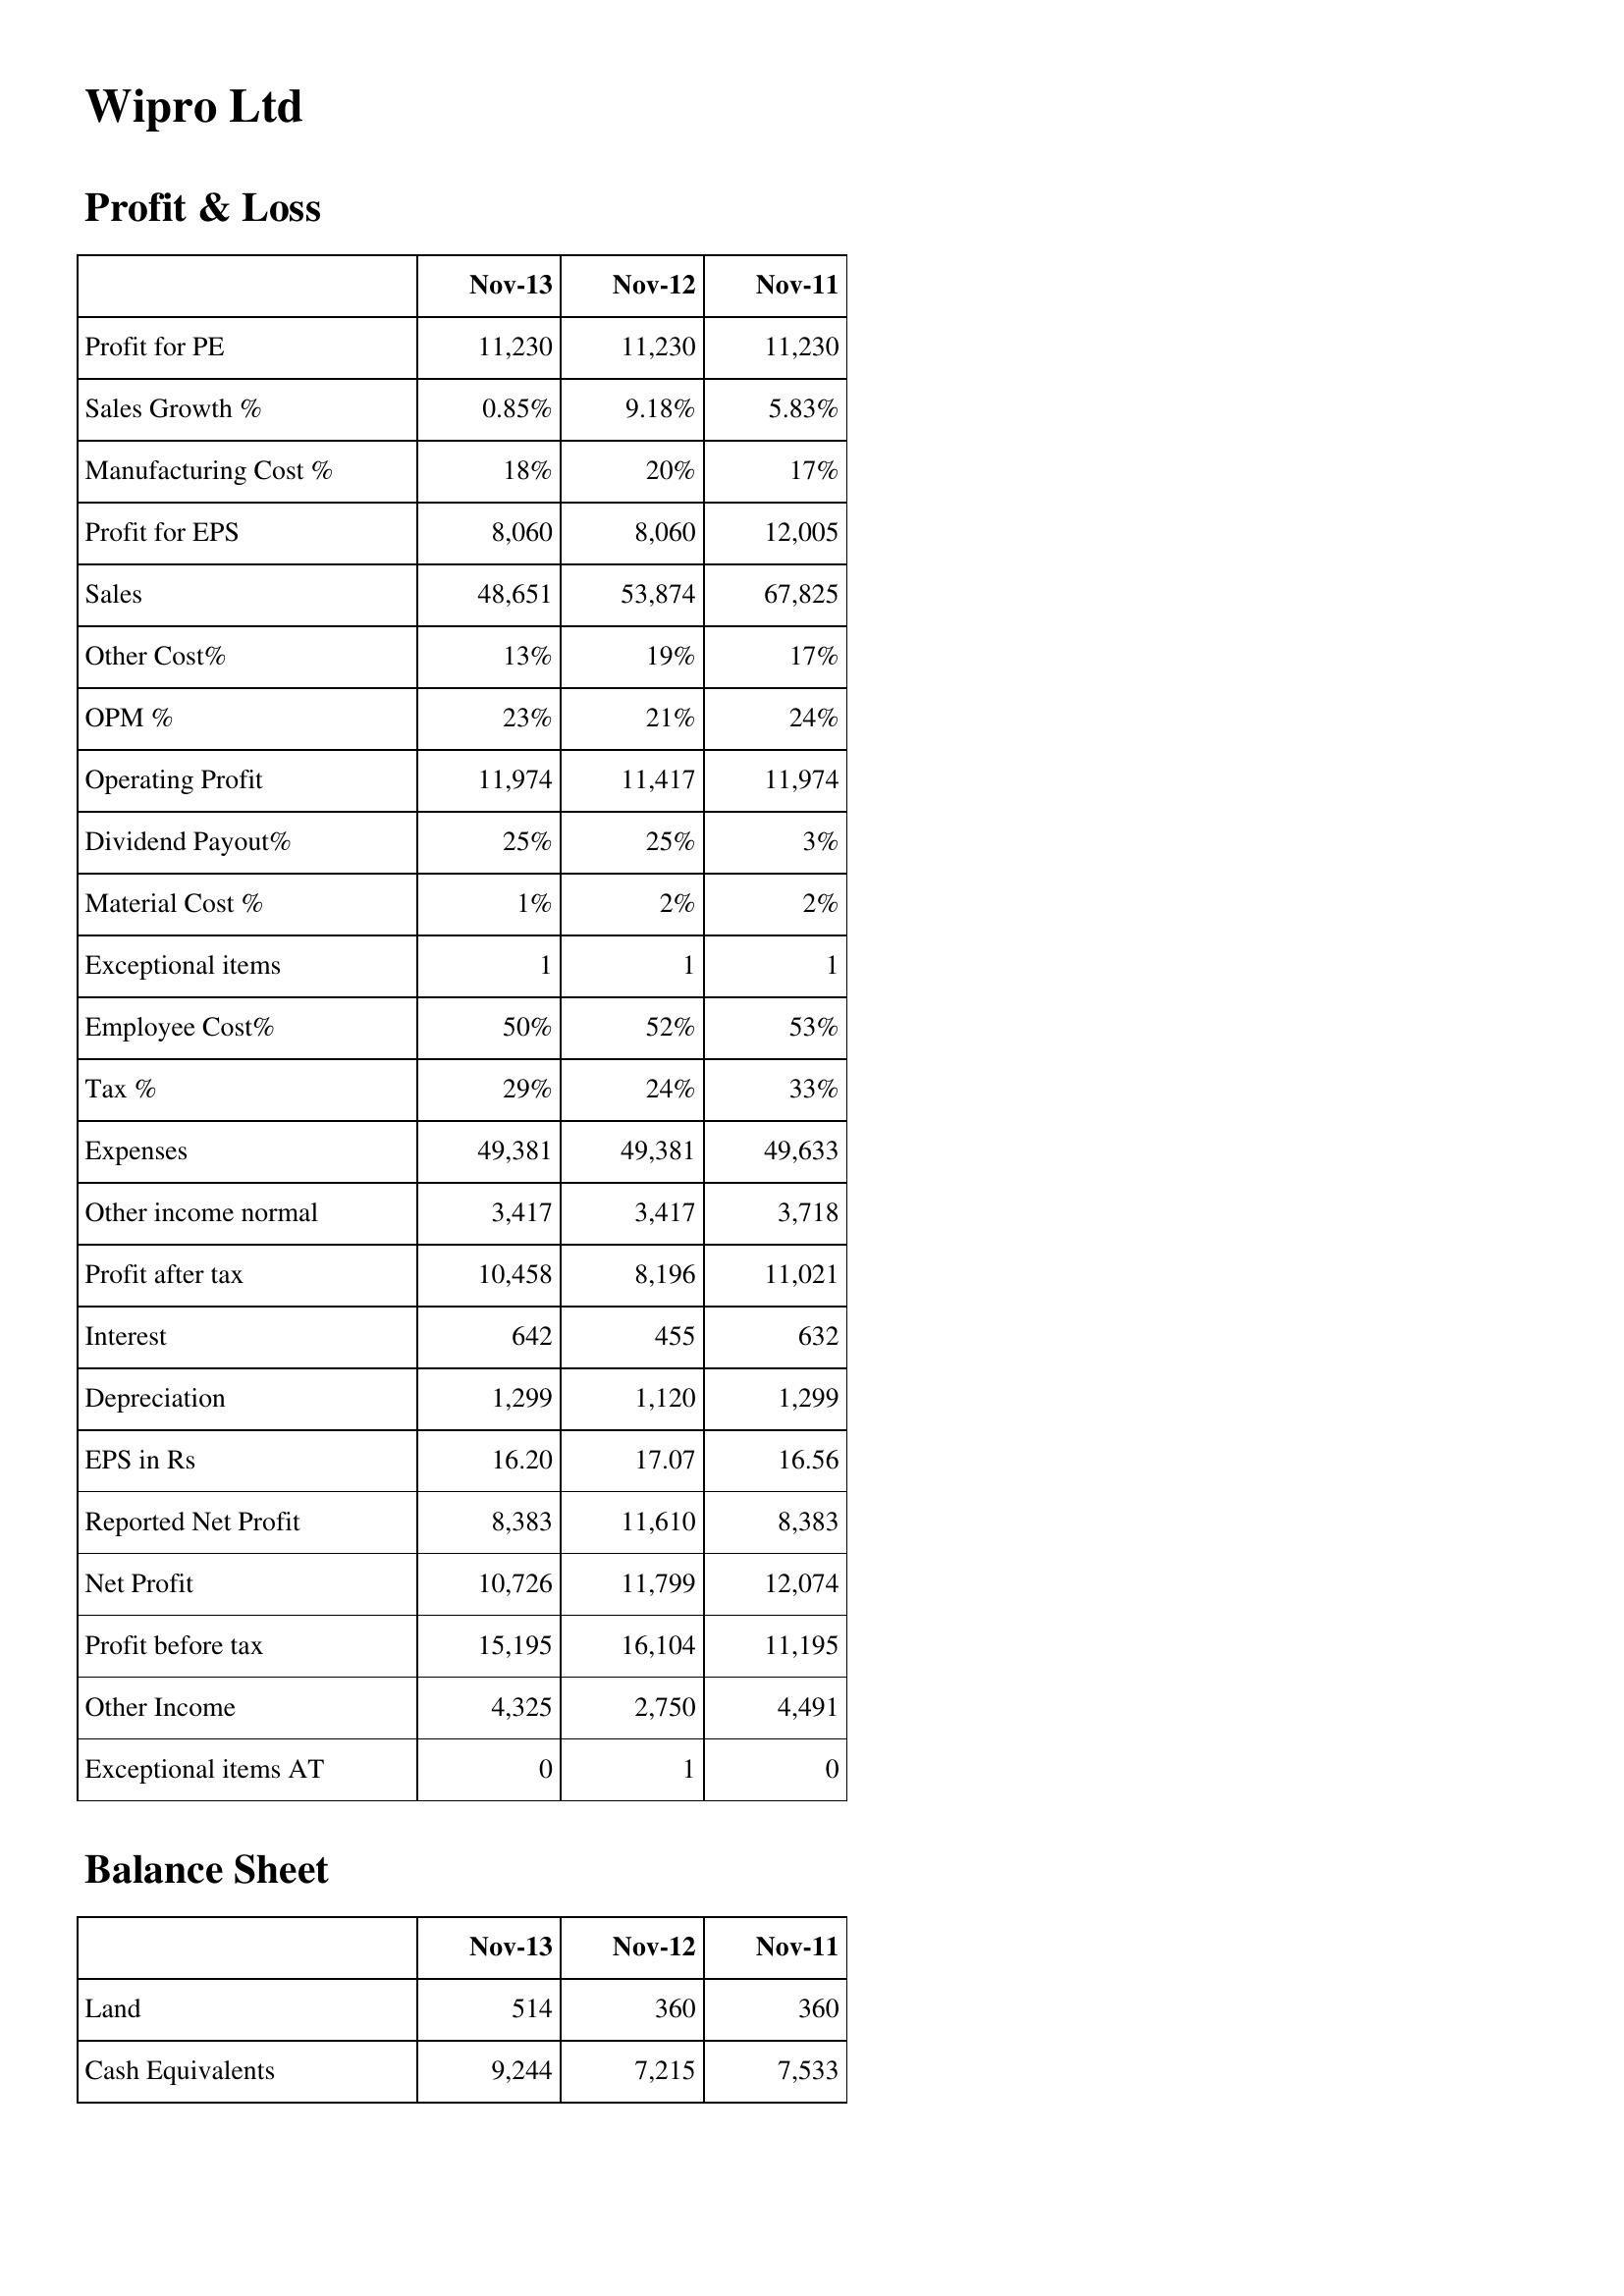
Nov-13: Profit & Loss: Profit for PE: 11,230
Sales Growth %: 0.85%
Manufacturing Cost %: 18%
Profit for EPS: 8,060
Sales: 48,651
Other Cost%: 13%
OPM %: 23%
Operating Profit: 11,974
Dividend Payout%: 25%
Material Cost %: 1%
Exceptional items: 1
Employee Cost%: 50%
Tax %: 29%
Expenses: 49,381
Other income normal: 3,417
Profit after tax: 10,458
Interest: 642
Depreciation: 1,299
EPS in Rs: 16.20
Reported Net Profit: 8,383
Net Profit: 10,726
Profit before tax: 15,195
Other Income: 4,325
Exceptional items AT: 0
Balance Sheet: Land: 514
Cash Equivalents: 9,244
Nov-12: Profit & Loss: Profit for PE: 11,230
Sales Growth %: 9.18%
Manufacturing Cost %: 20%
Profit for EPS: 8,060
Sales: 53,874
Other Cost%: 19%
OPM %: 21%
Operating Profit: 11,417
Dividend Payout%: 25%
Material Cost %: 2%
Exceptional items: 1
Employee Cost%: 52%
Tax %: 24%
Expenses: 49,381
Other income normal: 3,417
Profit after tax: 8,196
Interest: 455
Depreciation: 1,120
EPS in Rs: 17.07
Reported Net Profit: 11,610
Net Profit: 11,799
Profit before tax: 16,104
Other Income: 2,750
Exceptional items AT: 1
Balance Sheet: Land: 360
Cash Equivalents: 7,215
Nov-11: Profit & Loss: Profit for PE: 11,230
Sales Growth %: 5.83%
Manufacturing Cost %: 17%
Profit for EPS: 12,005
Sales: 67,825
Other Cost%: 17%
OPM %: 24%
Operating Profit: 11,974
Dividend Payout%: 3%
Material Cost %: 2%
Exceptional items: 1
Employee Cost%: 53%
Tax %: 33%
Expenses: 49,633
Other income normal: 3,718
Profit after tax: 11,021
Interest: 632
Depreciation: 1,299
EPS in Rs: 16.56
Reported Net Profit: 8,383
Net Profit: 12,074
Profit before tax: 11,195
Other Income: 4,491
Exceptional items AT: 0
Balance Sheet: Land: 360
Cash Equivalents: 7,533